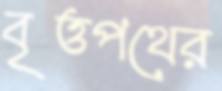
বৃত্তপথের